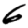
Digit: 6